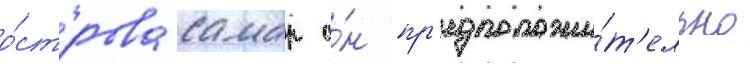
о́строва самар о́н пр'едположи́т'ельно